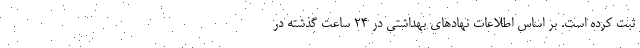
ثبت کرده است. بر اساس اطلاعات نهادهای بهداشتی در 24 ساعت گذشته در